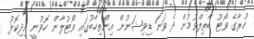
ހުރާގެ ވޯޓު ބާތިލްވުމުން ދެ ވަނަ ޑިވިޝަނުން އިންތިހާބުގައި ވޯޓުލާން ހޮވުނީ އިދިކޮޅު